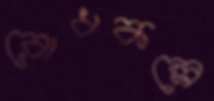
রোধকল্পে